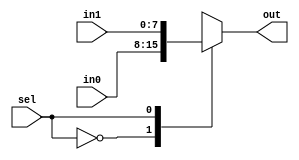
module mux2(input wire [7:0]in0,
				  input wire [7:0]in1,
				  input wire sel,
				  output reg [7:0]out);
always @(*)
begin
case(sel)
0: out=in0;
1: out=in1;
default: out= 0;
endcase
end
endmodule